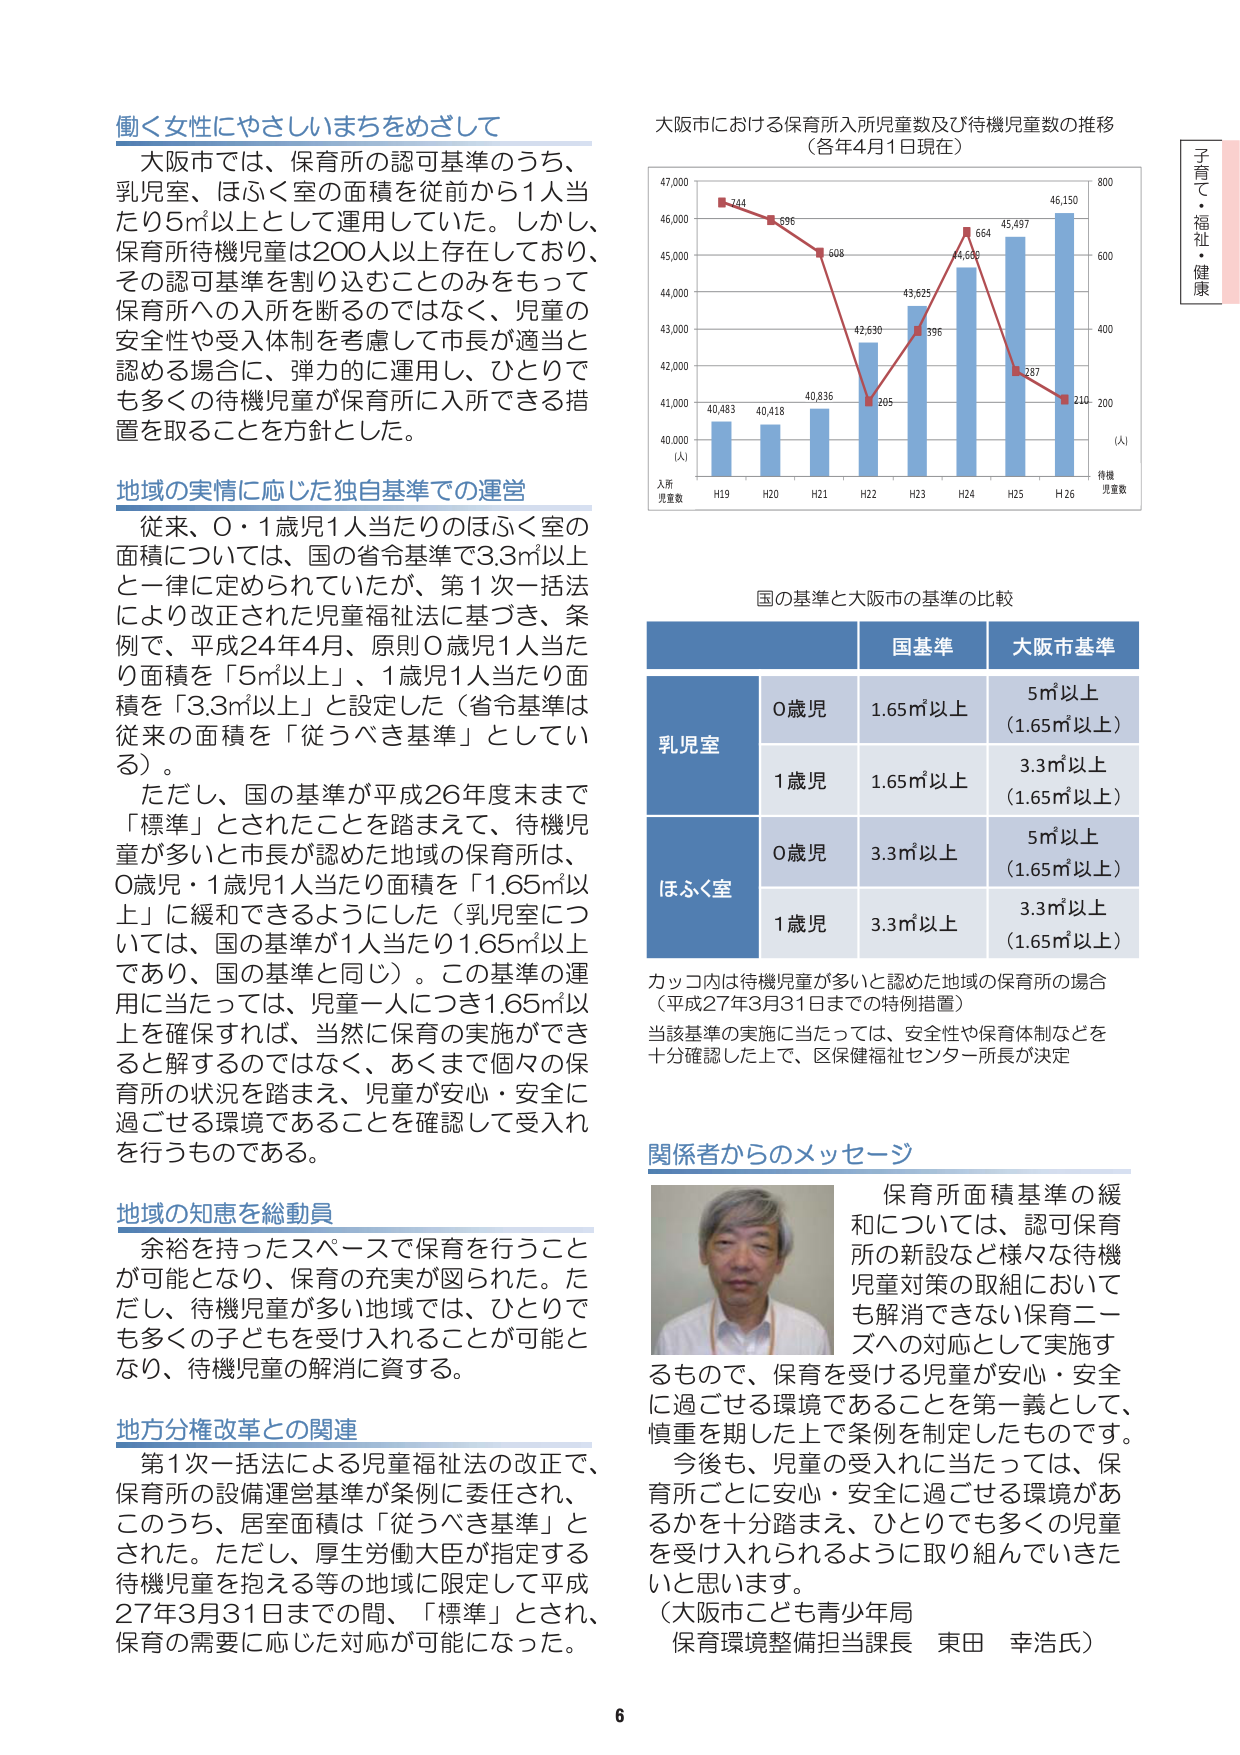
働く女性にやさしいまちをめざして

大阪市では、保育所の認可基準のうち、
乳児室、ほふく室の面積を従前から1人当
たり5㎡以上として運用していた。しかし、
保育所待機児童は200人以上存在しており、
その認可基準を割り込むことのみをもって
保育所への入所を断るのではなく、児童の
安全性や受入体制を考慮して市長が適当と
認める場合に、弾力的に運用し、ひとりで
も多くの待機児童が保育所に入所できる措
置を取ることを方針とした。

地域の実情に応じた独自基準での運営

従来、0・1歳児1人当たりのほふく室の
面積については、国の省令基準で3.3㎡以上
と一律に定められていたが、第1次一括法
により改正された児童福祉法に基づき、条
例で、平成24年4月、原則0歳児1人当た
り面積を「5㎡以上」、1歳児1人当たり面
積を「3.3㎡以上」と設定した（省令基準は
従来の面積を「従うべき基準」としてい
る）。

ただし、国の基準が平成26年度末まで
「標準」とされたことを踏まえて、待機児
童が多いと市長が認めた地域の保育所は、
0歳児・1歳児1人当たり面積を「1.65㎡以
上」に緩和できるようにした（乳児室につ
いては、国の基準が1人当たり1.65㎡以上
であり、国の基準と同じ）。この基準の運
用に当たっては、児童一人につき1.65㎡以
上を確保すれば、当然に保育の実施ができ
ると解するのではなく、あくまで個々の保
育所の状況を踏まえ、児童が安心・安全に
過ごせる環境であることを確認して受入れ
を行うものである。

地域の知恵を総動員

余裕を持ったスペースで保育を行うこと
が可能となり、保育の充実が図られた。た
だし、待機児童が多い地域では、ひとりで
も多くの子どもを受け入れることが可能と
なり、待機児童の解消に資する。

地方分権改革との関連

第1次一括法による児童福祉法の改正で、
保育所の設備運営基準が条例に委任され、
このうち、居室面積は「従うべき基準」と
された。ただし、厚生労働大臣が指定する
待機児童を抱える等の地域に限定して平成
27年3月31日までの間、「標準」とされ、
保育の需要に応じた対応が可能になった。

大阪市における保育所入所児童数及び待機児童数の推移
（各年4月1日現在）

入所児童数
（人）
40,000
41,000
42,000
43,000
44,000
45,000
46,000
47,000

H19 40,483
H20 40,418
H21 40,836
H22 42,630
H23 43,625
H24 44,668
H25 45,497
H26 46,150

待機児童数
（人）
200
400
600
800

H19 744
H20 596
H21 508
H22 205
H23 396
H24 664
H25 287
H26 210

国の基準と大阪市の基準の比較

国基準 大阪市基準

乳児室
0歳児 1.65㎡以上 5㎡以上
（1.65㎡以上）
1歳児 1.65㎡以上 3.3㎡以上
（1.65㎡以上）

ほふく室
0歳児 3.3㎡以上 5㎡以上
（1.65㎡以上）
1歳児 3.3㎡以上 3.3㎡以上
（1.65㎡以上）

カッコ内は待機児童が多いと認めた地域の保育所の場合
（平成27年3月31日までの特例措置）
当該基準の実施に当たっては、安全性や保育体制などを
十分確認した上で、区保健福祉センター所長が決定

関係者からのメッセージ

保育所面積基準の緩
和については、認可保育
所の新設など様々な待機
児童対策の取組において
も解消できない保育ニー
ズへの対応として実施す
るもので、保育を受ける児童が安心・安全
に過ごせる環境であることを第一義として、
慎重を期した上で条例を制定したものです。
今後も、児童の受入れに当たっては、保
育所ごとに安心・安全に過ごせる環境があ
るかを十分踏まえ、ひとりでも多くの児童
を受け入れられるように取り組んでいきた
いと思います。
（大阪市こども青少年局
保育環境整備担当課長 東田 幸浩氏）

子育て・福祉・健康

6